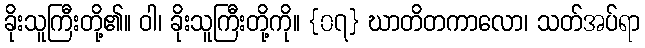
ခိုးသူကြီးတို့၏။ ဝါ၊ ခိုးသူကြီးတို့ကို။ {၀၇} ဃာတိတကာလော၊ သတ်အပ်ရာ